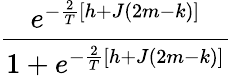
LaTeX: \frac{e^{-\frac{2}{T}[h+J(2m-k)]}}{1+e^{-\frac{2}{T}[h+J(2m-k)]}}